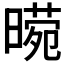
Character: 𭧕